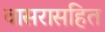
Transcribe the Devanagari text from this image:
वासरासहित